Scottish Certificate of Education, 1962
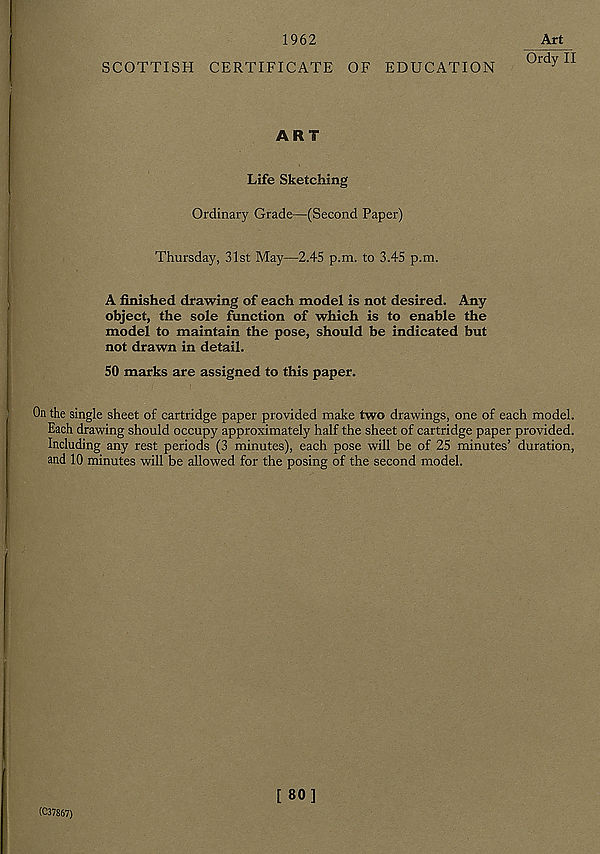
1962
Art
SCOTTISH CERTIFICATE OF EDUCATION
0rd y 11
ART
Life Sketching
Ordinary Grade—(Second Paper)
Thursday, 31st May—2.45 p.m. to 3.45 p.m.
A finished drawing of each model is not desired. Any
object, the sole function of which is to enable the
model to maintain the pose, should be indicated but
not drawn in detail.
50 marks are assigned to this paper.
On the single sheet of cartridge paper provided make two drawings, one of each model.
Each drawing should occupy approximately half the sheet of cartridge paper provided.
Including any rest periods (3 minutes), each pose will be of 25 minutes’ duration,
and 10 minutes will be allowed for the posing of the second model.
(C37867)
[80]